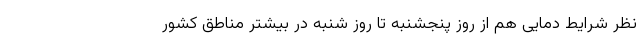
نظر شرایط دمایی هم از روز پنجشنبه تا روز شنبه در بیشتر مناطق کشور